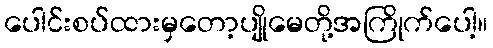
ပေါင်းစပ်ထားမှတော့ပျိုမေတို့အကြိုက်ပေါ့။